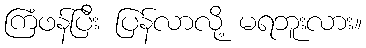
ကြံဖန်ပြီး ပြန်လာလို့ မရဘူးလား။